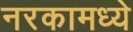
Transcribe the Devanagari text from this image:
नरकामध्ये